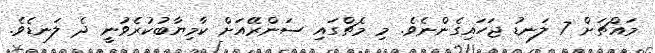
މައްޗަށް 7 ލަނޑު ޖަހައިގެންނެވެ. މި މެޗްގައި ސަންރޭއަށް ކާމިޔާބުކުރެވުނީ ދެ ލަނޑެވެ.